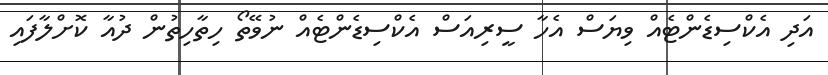
އަދި އެކްސިޑެންޓެއް ވިޔަސް އެހާ ސީރިއަސް އެކްސިޑެންޓެއް ނުވޭތޯ ހިތާހިތުން ދުއާ ކޮށްލާފައި